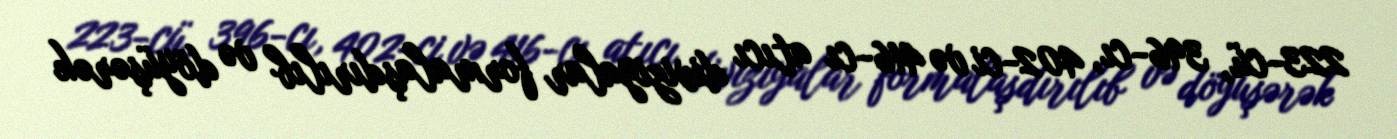
223-cü, 396-cı, 402-ci və 416-cı atıcı diviziyalar formalaşdırılıb və döyüşərək